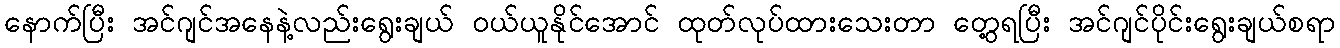
နောက်ပြီး အင်ဂျင်အနေနဲ့လည်းရွေးချယ် ဝယ်ယူနိုင်အောင် ထုတ်လုပ်ထားသေးတာ တွေ့ရပြီး အင်ဂျင်ပိုင်းရွေးချယ်စရာ